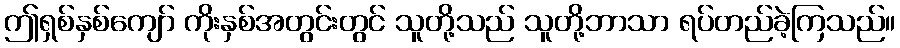
ဤရှစ်နှစ်ကျော် ကိုးနှစ်အတွင်းတွင် သူတို့သည် သူတို့ဘာသာ ရပ်တည်ခဲ့ကြသည်။